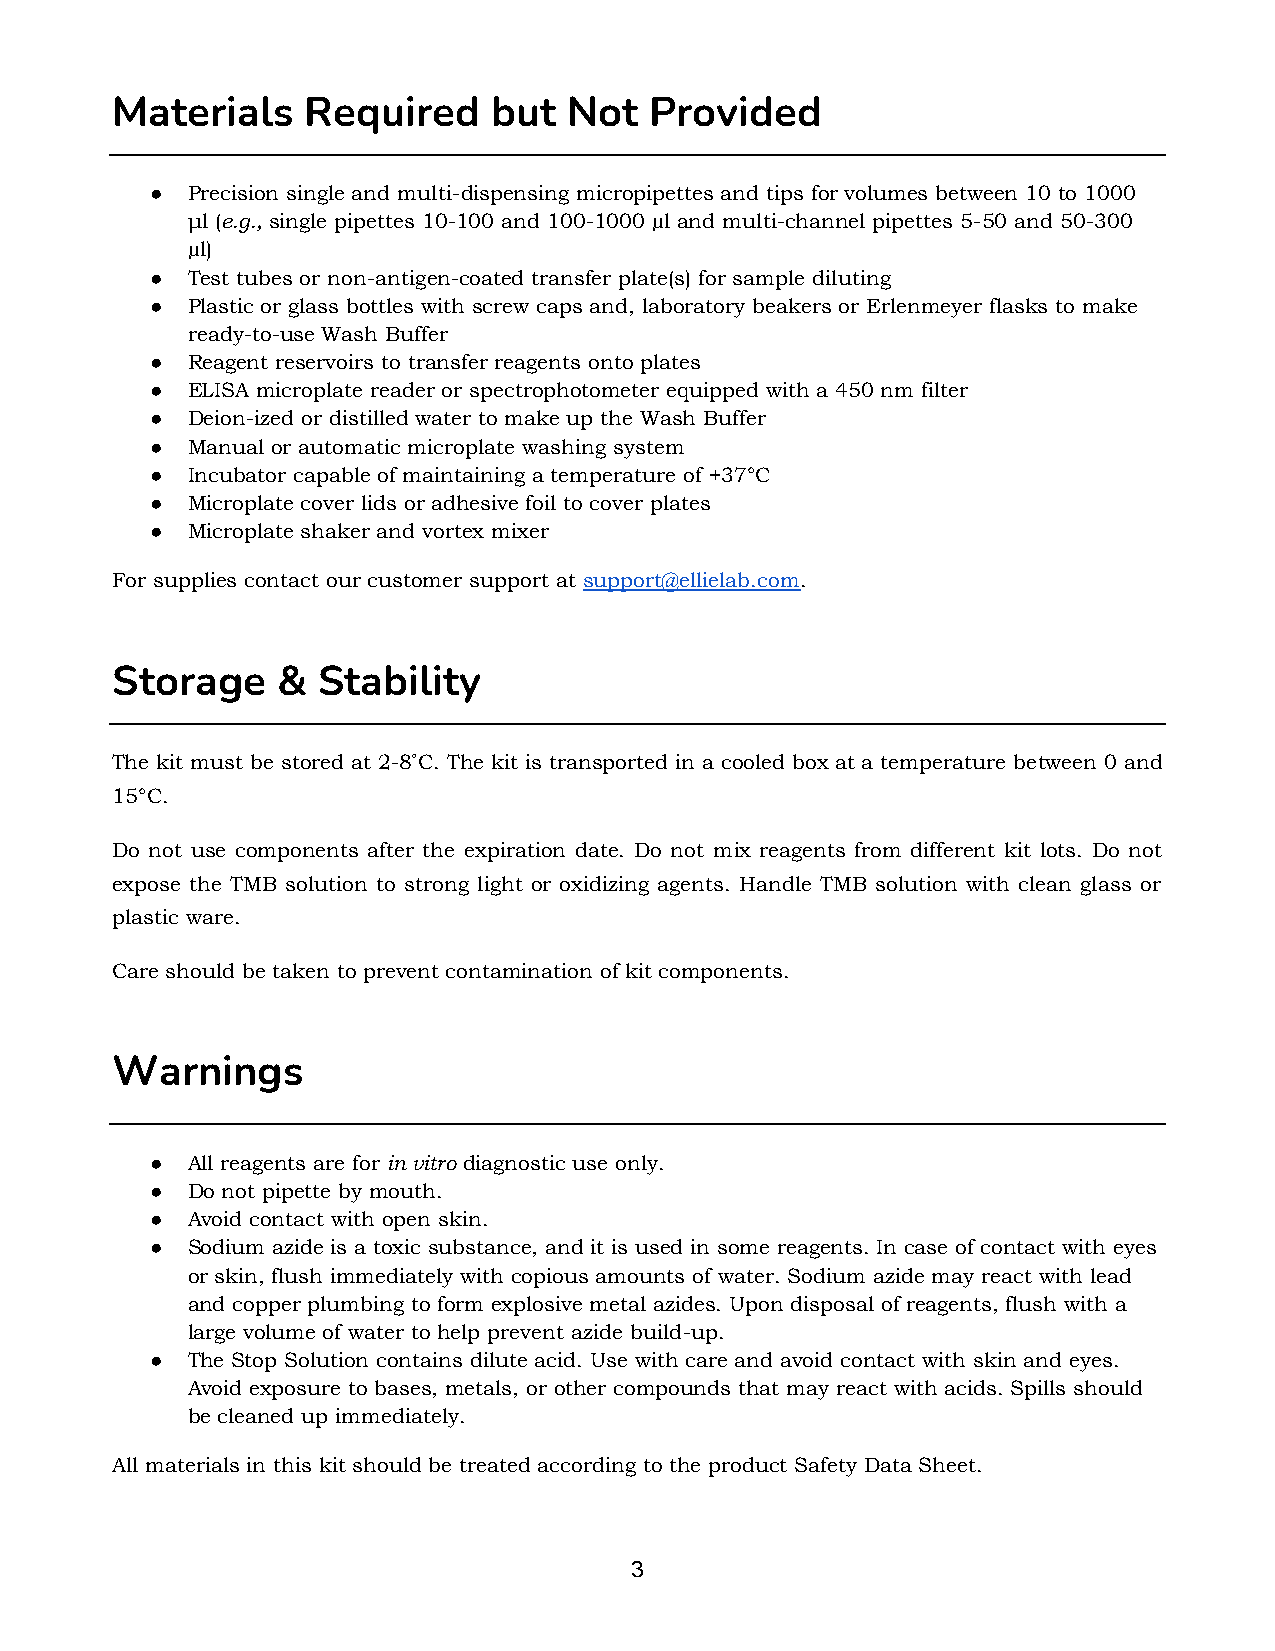
Materials    Required     but  Not  Provided
 ● Precision single and multi-dispensing micropipettes and tips for volumes between 10 to 1000
 μl (e.g., single pipettes 10-100 and 100-1000 µl and multi-channel pipettes 5-50 and 50-300
 µl)
 ● Test tubes or non-antigen-coated transfer plate(s) for sample diluting
 ● Plastic or glass bottles with screw caps and, laboratory beakers or Erlenmeyer flasks to make
 ready-to-use Wash Buffer
 ● Reagent reservoirs to transfer reagents onto plates
 ● ELISA microplate reader or spectrophotometer equipped with a 450 nm filter
 ● Deion ized or distilled water to make up the Wash Buffer
 ● Manual or automatic microplate washing system
 ● Incubator capable of maintaining a temperature of +37°C
 ● Microplate cover lids or adhesive foil to cover plates
 ● Microplate shaker and vortex mixer
 For supplies contact our customer support at support@ellielab.com.
 Storage    &  Stability
 The kit must be stored at 2-8˚C. The kit is transported in a cooled box at a temperature between 0 and
 15°C.
 Do not use components after the expiration date. Do not mix reagents from different kit lots. Do not
 expose the TMB solution to strong light or oxidizing agents. Handle TMB solution with clean glass or
 plastic ware.
 Care should be taken to prevent contamination of kit components.
 Warnings
 ● All reagents are for in vitro diagnostic use only.
 ● Do not pipette by mouth.
 ● Avoid contact with open skin.
 ● Sodium azide is a toxic substance, and it is used in some reagents. In case of contact with eyes
 or skin, flush immediately with copious amounts of water. Sodium azide may react with lead
 and copper plumbing to form explosive metal azides. Upon disposal of reagents, flush with a
 large volume of water to help prevent azide build-up.
 ● The Stop Solution contains dilute acid. Use with care and avoid contact with skin and eyes.
 Avoid exposure to bases, metals, or other compounds that may react with acids. Spills should
 be cleaned up immediately.
 All materials in this kit should be treated according to the product Safety Data Sheet.
 3